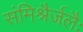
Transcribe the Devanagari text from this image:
संमिश्रैर्जलैः